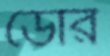
ডেরি